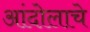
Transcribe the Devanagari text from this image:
आंदोलाचे